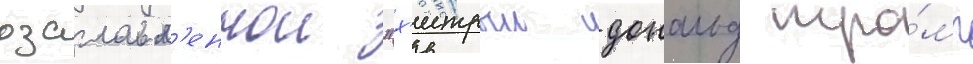
озаглавл'еннои "х'итрыи дональд тра́мп